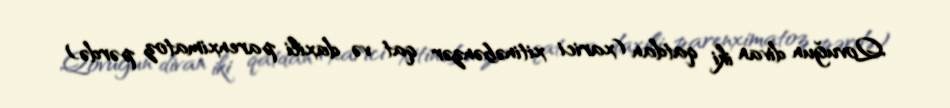
Qovuğun divan iki qatdan (xarici xitinəbənzər qat və daxili parenximatoz pərdə)